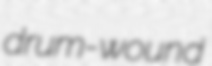
drum-wound